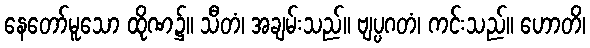
နေတော်မူသော ထိုဏ၌။ သီတံ၊ အချမ်းသည်။ ဗျပ္ပဂတံ၊ ကင်းသည်။ ဟောတိ၊